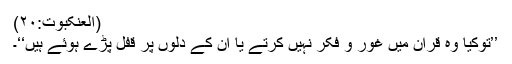
(العنکبوت:۲۰)
’’توکیا وہ قرآن میں غور و فکر نہیں کرتے یا ان کے دلوں پر قفل پڑے ہوئے ہیں‘‘۔